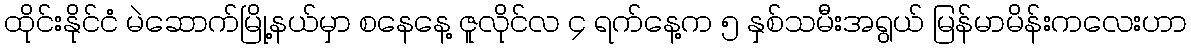
ထိုင်းနိုင်ငံ မဲဆောက်မြို့နယ်မှာ စနေနေ့ ဇူလိုင်လ ၄ ရက်နေ့က ၅ နှစ်သမီးအရွယ် မြန်မာမိန်းကလေးဟာ